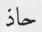
حاذ